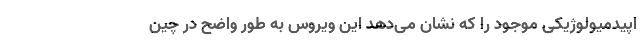
اپیدمیولوژیکی موجود را که نشان می‌دهد این ویروس به طور واضح در چین